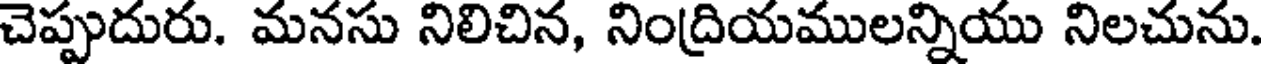
చెప్పుదురు. మనసు నిలిచిన, నిందియములన్నియు నిలచును.